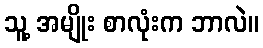
သူ့ အမျိုး စာလုံးက ဘာလဲ။